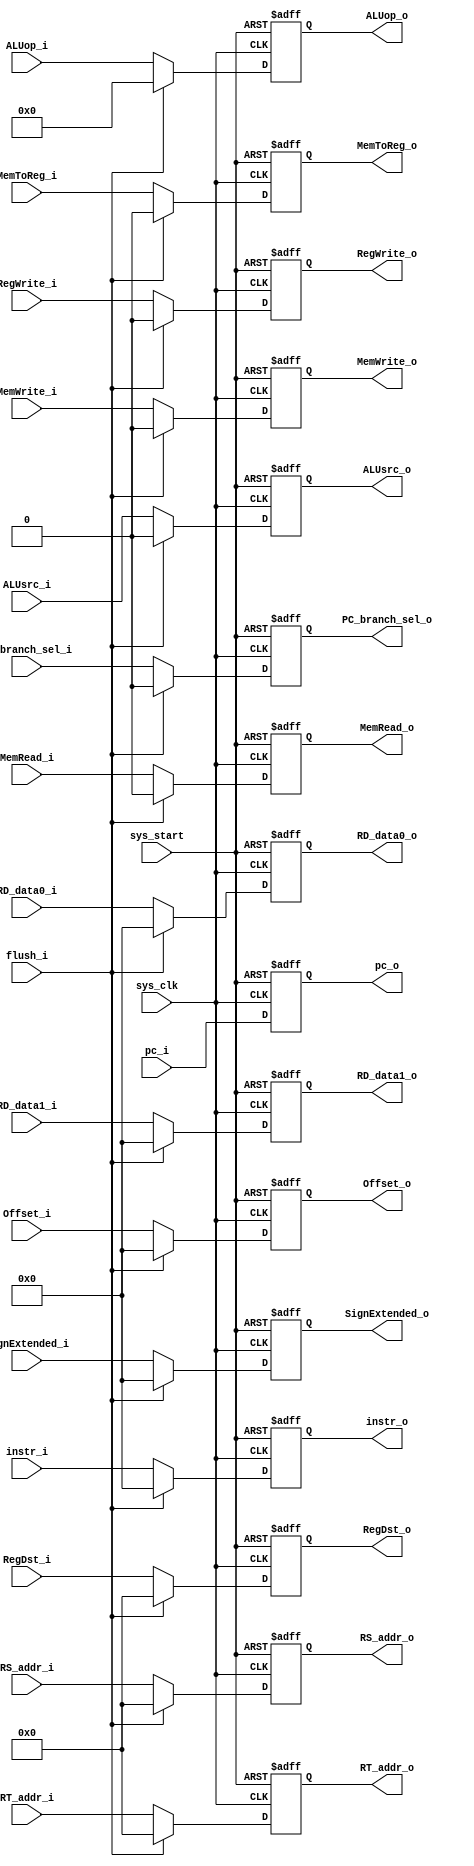
module  ID_EX
(
    input   wire            sys_clk        ,
    input   wire            sys_start      ,
    
    input   wire            flush_i        , 
    input   wire    [31:0]  instr_i        ,
    input   wire    [31:0]  pc_i           ,
    // input   wire    [31:0]  pcEX_i         ,
    input   wire    [31:0]  RD_data0_i     ,
    input   wire    [31:0]  RD_data1_i     ,
    input   wire    [31:0]  SignExtended_i ,
    input   wire    [4:0 ]  RegDst_i       ,
    input   wire    [31:0]  Offset_i       ,
                              
    input   wire    [3:0 ]  ALUop_i        ,
    input   wire            ALUsrc_i       ,
    input   wire            RegWrite_i     ,
    input   wire            MemToReg_i     ,
    input   wire            MemRead_i      ,
    input   wire            MemWrite_i     ,
    input   wire            PC_branch_sel_i,
    
    input   wire    [4:0 ]  RS_addr_i      ,
    input   wire    [4:0 ]  RT_addr_i      ,
    
    output  reg     [31:0]  instr_o        ,
    output  reg     [31:0]  pc_o           ,
    // output  reg     [31:0]  pcEX_o         ,
    output  reg     [31:0]  RD_data0_o     ,
    output  reg     [31:0]  RD_data1_o     ,
    output  reg     [31:0]  SignExtended_o ,
    output  reg     [4:0 ]  RegDst_o       , 
    output  reg     [31:0]  Offset_o       ,
    
    output  reg     [3:0 ]  ALUop_o        ,
    output  reg             ALUsrc_o       ,
    output  reg             RegWrite_o     ,
    output  reg             MemToReg_o     ,
    output  reg             MemRead_o      ,
    output  reg             MemWrite_o     ,
    output  reg             PC_branch_sel_o,
    
    output  reg     [4:0 ]  RS_addr_o      ,
    output  reg     [4:0 ]  RT_addr_o      
);

always@(posedge sys_clk or negedge sys_start)
    begin   
        if(~sys_start)
            begin
                instr_o         <= 1'b0;
                pc_o            <= 1'b0;
                // pcEX_o          <= 1'b0;
                RD_data0_o      <= 1'b0;
                RD_data1_o      <= 1'b0;
                SignExtended_o  <= 1'b0;
                RegDst_o        <= 1'b0;
                Offset_o        <= 1'b0;
                ALUop_o         <= 4'b0;
                ALUsrc_o        <= 1'b0;
                RegWrite_o      <= 1'b0;
                MemToReg_o      <= 1'b0;
                MemRead_o       <= 1'b0;
                MemWrite_o      <= 1'b0;
                PC_branch_sel_o <= 1'b0;

                RS_addr_o       <= 1'b0;
                RT_addr_o       <= 1'b0;
                
            end
        else if(flush_i)
            begin
                instr_o         <= 1'b0;
                pc_o            <= pc_i;
                // pcEX_o          <= 1'b0;
                RD_data0_o      <= 1'b0;
                RD_data1_o      <= 1'b0;
                SignExtended_o  <= 1'b0;
                RegDst_o        <= 1'b0;
                Offset_o        <= 1'b0;
                
                ALUop_o         <= 4'b0;
                ALUsrc_o        <= 1'b0;
                RegWrite_o      <= 1'b0;
                MemToReg_o      <= 1'b0;
                MemRead_o       <= 1'b0;
                MemWrite_o      <= 1'b0;
                PC_branch_sel_o <= 1'b0;

                RS_addr_o       <= 1'b0;
                RT_addr_o       <= 1'b0;                
            end
        else
            begin
                instr_o         <= instr_i;
                pc_o            <= pc_i;
                // pcEX_o          <= pcEX_i; 
                RD_data0_o      <= RD_data0_i;
                RD_data1_o      <= RD_data1_i;
                SignExtended_o  <= SignExtended_i;
                RegDst_o        <= RegDst_i;
                Offset_o        <= Offset_i;

                ALUop_o         <= ALUop_i;
                ALUsrc_o        <= ALUsrc_i;
                RegWrite_o      <= RegWrite_i;
                MemToReg_o      <= MemToReg_i;
                MemRead_o       <= MemRead_i;
                MemWrite_o      <= MemWrite_i;
                PC_branch_sel_o <= PC_branch_sel_i;
                
                RS_addr_o       <= RS_addr_i;
                RT_addr_o       <= RT_addr_i;
            end 
    end
endmodule